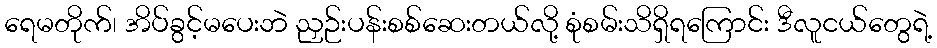
ရေမတိုက်၊ အိပ်ခွင့်မပေးဘဲ ညှဉ်းပန်းစစ်ဆေးတယ်လို့ စုံစမ်းသိရှိရကြောင်း ဒီလူငယ်တွေရဲ့